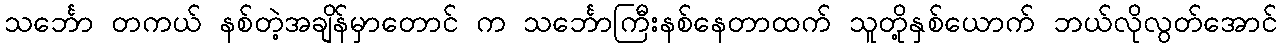
သင်္ဘော တကယ် နစ်တဲ့အချိန်မှာတောင် က သင်္ဘောကြီးနစ်နေတာထက် သူတို့နှစ်ယောက် ဘယ်လိုလွတ်အောင်